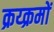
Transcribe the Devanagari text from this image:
क्रय्क्रमों